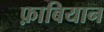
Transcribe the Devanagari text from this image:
फ़ाबियान